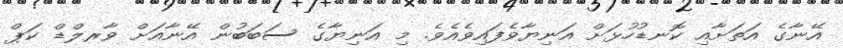
އޭނާގެ އަތަށާއި ކޮނޑުހުޅަށް އަނިޔާވެފައިވެއެވެ. މި އަނިޔާގެ ސަބަބުން އޭނާއަށް ވާރލްޑް ކަޕް